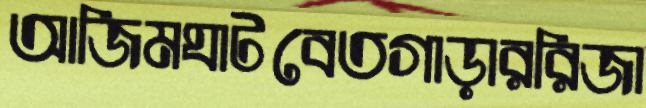
আজিমঘাটবেতগাড়াররিজা